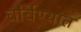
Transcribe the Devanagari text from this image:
चर्चिण्यात